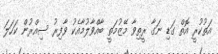
އަތުކުރީ އޮތް ގަޑި ނަގާ ރީތިވާ މޭޒުމަތީ ބާއްވާލުމާއެކު ވާފިރު ސިއްރުން ކަހަލަ